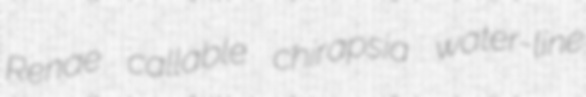
Renae callable chirapsia water-line